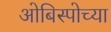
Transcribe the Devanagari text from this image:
ओबिस्पोच्या